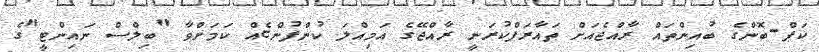
ކަޕް-ބޮންގެ ބުއިންތައް ރާއްޖެއަށް ތައާރަފްކުރަނީ ރާއްޖޭގެ އަމިއްލަ ކުންފުންޏެއް ކަމަށްވާ "ބިލްސް ނައިންޓީ"ގެ